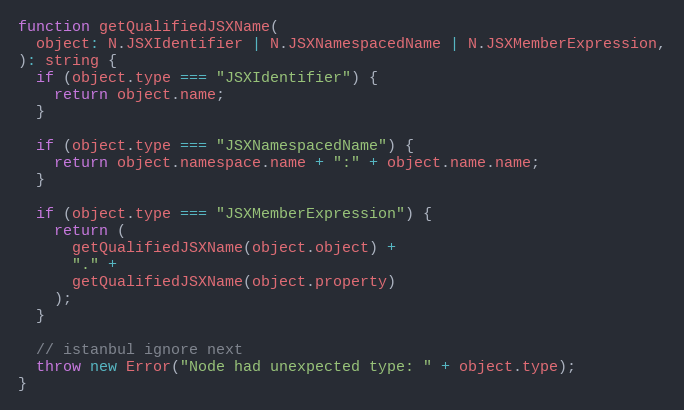
Language: JavaScript
function getQualifiedJSXName(
  object: N.JSXIdentifier | N.JSXNamespacedName | N.JSXMemberExpression,
): string {
  if (object.type === "JSXIdentifier") {
    return object.name;
  }

  if (object.type === "JSXNamespacedName") {
    return object.namespace.name + ":" + object.name.name;
  }

  if (object.type === "JSXMemberExpression") {
    return (
      getQualifiedJSXName(object.object) +
      "." +
      getQualifiedJSXName(object.property)
    );
  }

  // istanbul ignore next
  throw new Error("Node had unexpected type: " + object.type);
}